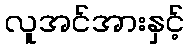
လူအင်အားနှင့်